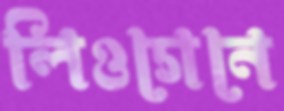
লিওগেনে